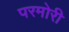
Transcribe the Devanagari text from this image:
परमोरी